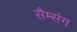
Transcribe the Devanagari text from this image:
सैम्संग